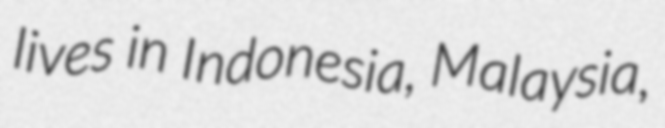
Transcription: lives in Indonesia, Malaysia,